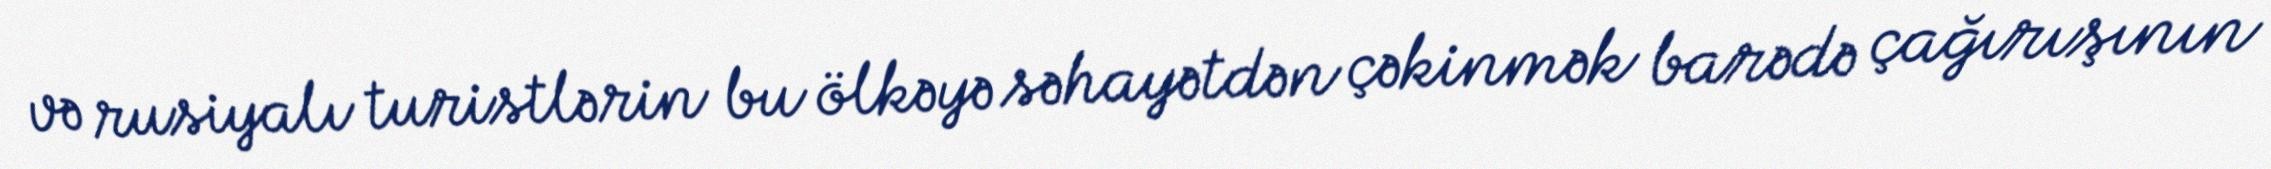
və rusiyalı turistlərin bu ölkəyə səhayətdən çəkinmək barədə çağırışının